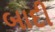
બાદી